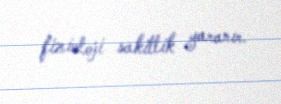
fizioloji sakitlik yaranır.